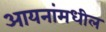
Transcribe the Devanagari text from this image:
आयनांमधील